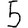
Digit: 5